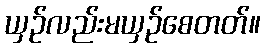
ယှဉ်လည်းမယှဉ်စေတတ်။